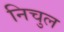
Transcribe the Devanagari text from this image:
निचुल